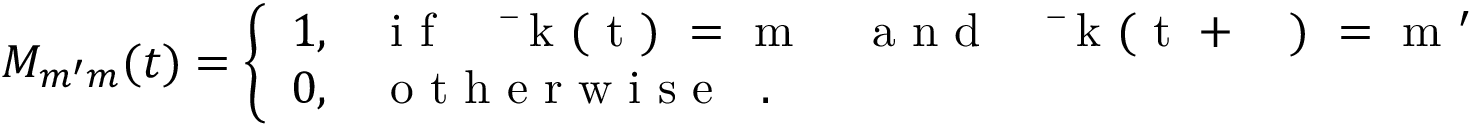
M _ { m ^ { \prime } m } ( t ) = \left\{ \begin{array} { l l } { 1 , } & { \mathrm { ~ i ~ f ~ ~ ~ ~ ~ \bar { ~ } k ~ ( ~ t ~ ) ~ = ~ m ~ ~ ~ ~ ~ a ~ n ~ d ~ ~ ~ ~ ~ \bar { ~ } k ~ ( ~ t ~ + ~ \Delta ~ ) ~ = ~ m ~ ' ~ } } \\ { 0 , } & { \mathrm { ~ o ~ t ~ h ~ e ~ r ~ w ~ i ~ s ~ e ~ ~ ~ . ~ } } \end{array} \right.